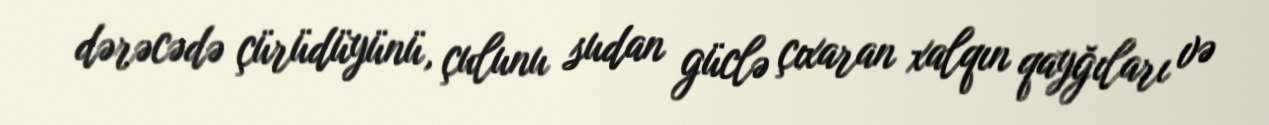
dərəcədə çürüdüyünü, çulunu sudan güclə çıxaran xalqın qayğıları və